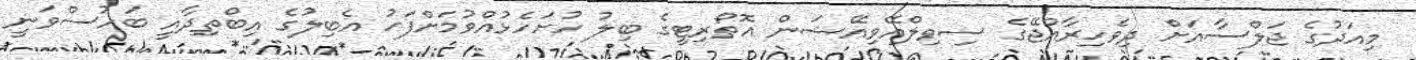
މިއަދުގެ ޖަލްސާއަށް ދިވެހިރާއްޖޭގެ ސިވިލްއޭވިއޭޝަން އޮތޯރިޓީގެ ބިލު ހުށަހެޅުއްވުމަށްފަހު އެބިލުގެ އިބްތިދާއީ ބަހުސްވަނީ